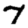
Digit: 7